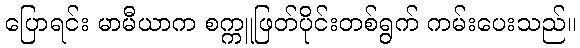
ပြောရင်း မာမီယာက စက္ကူဖြတ်ပိုင်းတစ်ရွက် ကမ်းပေးသည်။